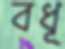
বধূ